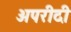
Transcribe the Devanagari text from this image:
अपरीदी